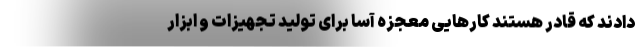
دادند که قادر هستند کارهایی معجزه آسا برای تولید تجهیزات و ابزار